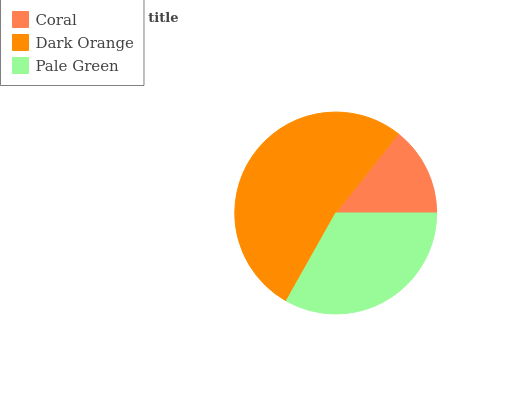
| Coral | Dark Orange | Pale Green |
 | --- | --- | --- |
 | 14.4% | 52.5% | 33.1% |